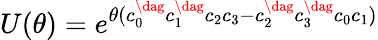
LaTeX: U(\theta)=e^{\theta(c_{0}^{\dag}c_{1}^{\dag}c_{2}c_{3}-c_{2}^{\dag}c_{3}^{\dag}c_{0}c_{1})}